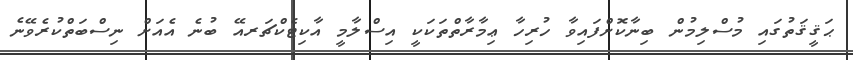
ޙަޤީޤަތުގައި މުސްލިމުން ބިނާކޮށްފައިވާ ހުރިހާ ޢިމާރާތްތަކަކީ އިސްލާމީ އާކިޓެކްޗަރއޭ ބުނެ އެއަށް ނިސްބަތްކުރެވޭނެ